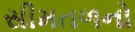
સીમતળનો